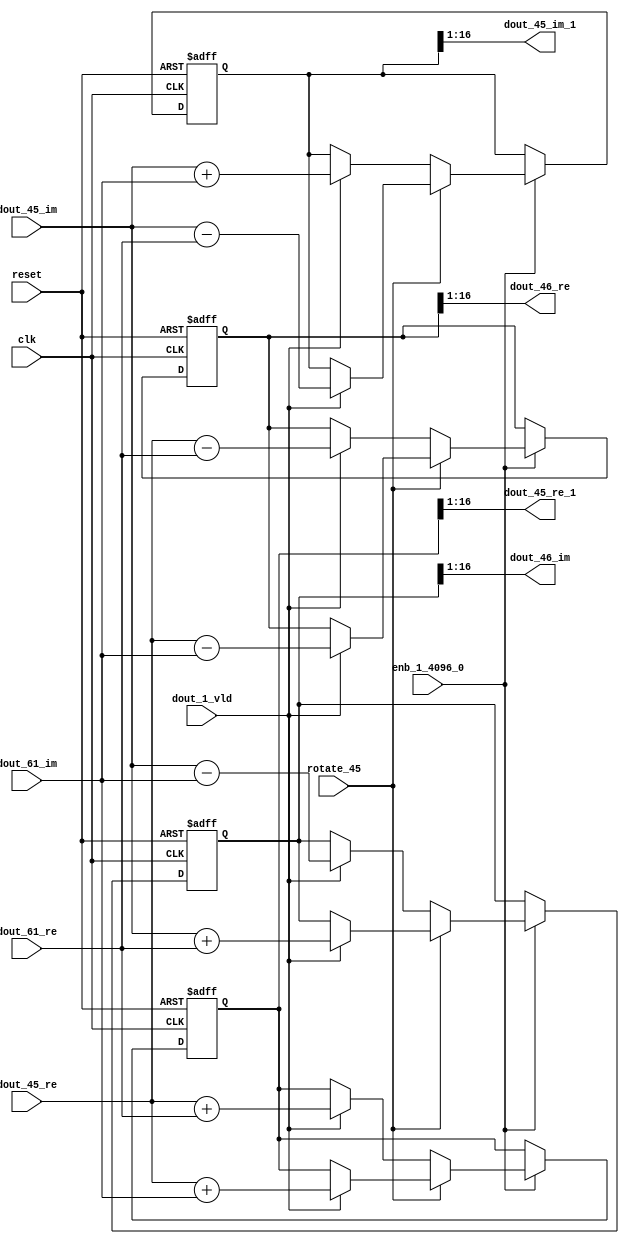
// -------------------------------------------------------------
// 
// 
// Generated by MATLAB 9.14 and HDL Coder 4.1
// 
// -------------------------------------------------------------


// -------------------------------------------------------------
// 
// Module: RADIX22FFT_SDNF2_4_block21
// Source Path: dsphdl.IFFT/RADIX22FFT_SDNF2_4
// Hierarchy Level: 4
// 
// -------------------------------------------------------------

`timescale 1 ns / 1 ns

module RADIX22FFT_SDNF2_4_block21
          (clk,
           reset,
           enb_1_4096_0,
           rotate_45,
           dout_45_re,
           dout_45_im,
           dout_61_re,
           dout_61_im,
           dout_1_vld,
           dout_45_re_1,
           dout_45_im_1,
           dout_46_re,
           dout_46_im);


  input   clk;
  input   reset;
  input   enb_1_4096_0;
  input   rotate_45;  // ufix1
  input   signed [15:0] dout_45_re;  // sfix16_En14
  input   signed [15:0] dout_45_im;  // sfix16_En14
  input   signed [15:0] dout_61_re;  // sfix16_En14
  input   signed [15:0] dout_61_im;  // sfix16_En14
  input   dout_1_vld;
  output  signed [15:0] dout_45_re_1;  // sfix16_En14
  output  signed [15:0] dout_45_im_1;  // sfix16_En14
  output  signed [15:0] dout_46_re;  // sfix16_En14
  output  signed [15:0] dout_46_im;  // sfix16_En14


  reg  Radix22ButterflyG2_NF_din_vld_dly;
  reg signed [16:0] Radix22ButterflyG2_NF_btf1_re_reg;  // sfix17
  reg signed [16:0] Radix22ButterflyG2_NF_btf1_im_reg;  // sfix17
  reg signed [16:0] Radix22ButterflyG2_NF_btf2_re_reg;  // sfix17
  reg signed [16:0] Radix22ButterflyG2_NF_btf2_im_reg;  // sfix17
  reg  Radix22ButterflyG2_NF_din_vld_dly_next;
  reg signed [16:0] Radix22ButterflyG2_NF_btf1_re_reg_next;  // sfix17_En14
  reg signed [16:0] Radix22ButterflyG2_NF_btf1_im_reg_next;  // sfix17_En14
  reg signed [16:0] Radix22ButterflyG2_NF_btf2_re_reg_next;  // sfix17_En14
  reg signed [16:0] Radix22ButterflyG2_NF_btf2_im_reg_next;  // sfix17_En14
  reg signed [15:0] dout_45_re_2;  // sfix16_En14
  reg signed [15:0] dout_45_im_2;  // sfix16_En14
  reg signed [15:0] dout_46_re_1;  // sfix16_En14
  reg signed [15:0] dout_46_im_1;  // sfix16_En14
  reg  dout_4_vld;
  reg signed [16:0] Radix22ButterflyG2_NF_add_cast;  // sfix17_En14
  reg signed [16:0] Radix22ButterflyG2_NF_add_cast_0;  // sfix17_En14
  reg signed [16:0] Radix22ButterflyG2_NF_add_cast_1;  // sfix17_En14
  reg signed [16:0] Radix22ButterflyG2_NF_add_cast_2;  // sfix17_En14
  reg signed [16:0] Radix22ButterflyG2_NF_sub_cast;  // sfix17_En14
  reg signed [16:0] Radix22ButterflyG2_NF_sub_cast_0;  // sfix17_En14
  reg signed [16:0] Radix22ButterflyG2_NF_sub_cast_1;  // sfix17_En14
  reg signed [16:0] Radix22ButterflyG2_NF_sub_cast_2;  // sfix17_En14
  reg signed [16:0] Radix22ButterflyG2_NF_sra_temp;  // sfix17_En14
  reg signed [16:0] Radix22ButterflyG2_NF_add_cast_3;  // sfix17_En14
  reg signed [16:0] Radix22ButterflyG2_NF_add_cast_4;  // sfix17_En14
  reg signed [16:0] Radix22ButterflyG2_NF_add_cast_5;  // sfix17_En14
  reg signed [16:0] Radix22ButterflyG2_NF_add_cast_6;  // sfix17_En14
  reg signed [16:0] Radix22ButterflyG2_NF_sra_temp_0;  // sfix17_En14
  reg signed [16:0] Radix22ButterflyG2_NF_sub_cast_3;  // sfix17_En14
  reg signed [16:0] Radix22ButterflyG2_NF_sub_cast_4;  // sfix17_En14
  reg signed [16:0] Radix22ButterflyG2_NF_sub_cast_5;  // sfix17_En14
  reg signed [16:0] Radix22ButterflyG2_NF_sub_cast_6;  // sfix17_En14
  reg signed [16:0] Radix22ButterflyG2_NF_sra_temp_1;  // sfix17_En14
  reg signed [16:0] Radix22ButterflyG2_NF_sra_temp_2;  // sfix17_En14


  // Radix22ButterflyG2_NF
  always @(posedge clk or posedge reset)
    begin : Radix22ButterflyG2_NF_process
      if (reset == 1'b1) begin
        Radix22ButterflyG2_NF_din_vld_dly <= 1'b0;
        Radix22ButterflyG2_NF_btf1_re_reg <= 17'sb00000000000000000;
        Radix22ButterflyG2_NF_btf1_im_reg <= 17'sb00000000000000000;
        Radix22ButterflyG2_NF_btf2_re_reg <= 17'sb00000000000000000;
        Radix22ButterflyG2_NF_btf2_im_reg <= 17'sb00000000000000000;
      end
      else begin
        if (enb_1_4096_0) begin
          Radix22ButterflyG2_NF_din_vld_dly <= Radix22ButterflyG2_NF_din_vld_dly_next;
          Radix22ButterflyG2_NF_btf1_re_reg <= Radix22ButterflyG2_NF_btf1_re_reg_next;
          Radix22ButterflyG2_NF_btf1_im_reg <= Radix22ButterflyG2_NF_btf1_im_reg_next;
          Radix22ButterflyG2_NF_btf2_re_reg <= Radix22ButterflyG2_NF_btf2_re_reg_next;
          Radix22ButterflyG2_NF_btf2_im_reg <= Radix22ButterflyG2_NF_btf2_im_reg_next;
        end
      end
    end

  always @(Radix22ButterflyG2_NF_btf1_im_reg, Radix22ButterflyG2_NF_btf1_re_reg,
       Radix22ButterflyG2_NF_btf2_im_reg, Radix22ButterflyG2_NF_btf2_re_reg,
       Radix22ButterflyG2_NF_din_vld_dly, dout_1_vld, dout_45_im, dout_45_re,
       dout_61_im, dout_61_re, rotate_45) begin
    Radix22ButterflyG2_NF_add_cast_1 = 17'sb00000000000000000;
    Radix22ButterflyG2_NF_add_cast_2 = 17'sb00000000000000000;
    Radix22ButterflyG2_NF_sub_cast_1 = 17'sb00000000000000000;
    Radix22ButterflyG2_NF_sub_cast_2 = 17'sb00000000000000000;
    Radix22ButterflyG2_NF_add_cast_5 = 17'sb00000000000000000;
    Radix22ButterflyG2_NF_add_cast_6 = 17'sb00000000000000000;
    Radix22ButterflyG2_NF_sub_cast_5 = 17'sb00000000000000000;
    Radix22ButterflyG2_NF_sub_cast_6 = 17'sb00000000000000000;
    Radix22ButterflyG2_NF_add_cast = 17'sb00000000000000000;
    Radix22ButterflyG2_NF_add_cast_0 = 17'sb00000000000000000;
    Radix22ButterflyG2_NF_sub_cast = 17'sb00000000000000000;
    Radix22ButterflyG2_NF_sub_cast_0 = 17'sb00000000000000000;
    Radix22ButterflyG2_NF_add_cast_3 = 17'sb00000000000000000;
    Radix22ButterflyG2_NF_add_cast_4 = 17'sb00000000000000000;
    Radix22ButterflyG2_NF_sub_cast_3 = 17'sb00000000000000000;
    Radix22ButterflyG2_NF_sub_cast_4 = 17'sb00000000000000000;
    Radix22ButterflyG2_NF_btf1_re_reg_next = Radix22ButterflyG2_NF_btf1_re_reg;
    Radix22ButterflyG2_NF_btf1_im_reg_next = Radix22ButterflyG2_NF_btf1_im_reg;
    Radix22ButterflyG2_NF_btf2_re_reg_next = Radix22ButterflyG2_NF_btf2_re_reg;
    Radix22ButterflyG2_NF_btf2_im_reg_next = Radix22ButterflyG2_NF_btf2_im_reg;
    Radix22ButterflyG2_NF_din_vld_dly_next = dout_1_vld;
    if (rotate_45 != 1'b0) begin
      if (dout_1_vld) begin
        Radix22ButterflyG2_NF_add_cast_1 = {dout_45_re[15], dout_45_re};
        Radix22ButterflyG2_NF_add_cast_2 = {dout_61_im[15], dout_61_im};
        Radix22ButterflyG2_NF_btf1_re_reg_next = Radix22ButterflyG2_NF_add_cast_1 + Radix22ButterflyG2_NF_add_cast_2;
        Radix22ButterflyG2_NF_sub_cast_1 = {dout_45_re[15], dout_45_re};
        Radix22ButterflyG2_NF_sub_cast_2 = {dout_61_im[15], dout_61_im};
        Radix22ButterflyG2_NF_btf2_re_reg_next = Radix22ButterflyG2_NF_sub_cast_1 - Radix22ButterflyG2_NF_sub_cast_2;
        Radix22ButterflyG2_NF_add_cast_5 = {dout_45_im[15], dout_45_im};
        Radix22ButterflyG2_NF_add_cast_6 = {dout_61_re[15], dout_61_re};
        Radix22ButterflyG2_NF_btf2_im_reg_next = Radix22ButterflyG2_NF_add_cast_5 + Radix22ButterflyG2_NF_add_cast_6;
        Radix22ButterflyG2_NF_sub_cast_5 = {dout_45_im[15], dout_45_im};
        Radix22ButterflyG2_NF_sub_cast_6 = {dout_61_re[15], dout_61_re};
        Radix22ButterflyG2_NF_btf1_im_reg_next = Radix22ButterflyG2_NF_sub_cast_5 - Radix22ButterflyG2_NF_sub_cast_6;
      end
    end
    else if (dout_1_vld) begin
      Radix22ButterflyG2_NF_add_cast = {dout_45_re[15], dout_45_re};
      Radix22ButterflyG2_NF_add_cast_0 = {dout_61_re[15], dout_61_re};
      Radix22ButterflyG2_NF_btf1_re_reg_next = Radix22ButterflyG2_NF_add_cast + Radix22ButterflyG2_NF_add_cast_0;
      Radix22ButterflyG2_NF_sub_cast = {dout_45_re[15], dout_45_re};
      Radix22ButterflyG2_NF_sub_cast_0 = {dout_61_re[15], dout_61_re};
      Radix22ButterflyG2_NF_btf2_re_reg_next = Radix22ButterflyG2_NF_sub_cast - Radix22ButterflyG2_NF_sub_cast_0;
      Radix22ButterflyG2_NF_add_cast_3 = {dout_45_im[15], dout_45_im};
      Radix22ButterflyG2_NF_add_cast_4 = {dout_61_im[15], dout_61_im};
      Radix22ButterflyG2_NF_btf1_im_reg_next = Radix22ButterflyG2_NF_add_cast_3 + Radix22ButterflyG2_NF_add_cast_4;
      Radix22ButterflyG2_NF_sub_cast_3 = {dout_45_im[15], dout_45_im};
      Radix22ButterflyG2_NF_sub_cast_4 = {dout_61_im[15], dout_61_im};
      Radix22ButterflyG2_NF_btf2_im_reg_next = Radix22ButterflyG2_NF_sub_cast_3 - Radix22ButterflyG2_NF_sub_cast_4;
    end
    Radix22ButterflyG2_NF_sra_temp = Radix22ButterflyG2_NF_btf1_re_reg >>> 8'd1;
    dout_45_re_2 = Radix22ButterflyG2_NF_sra_temp[15:0];
    Radix22ButterflyG2_NF_sra_temp_0 = Radix22ButterflyG2_NF_btf1_im_reg >>> 8'd1;
    dout_45_im_2 = Radix22ButterflyG2_NF_sra_temp_0[15:0];
    Radix22ButterflyG2_NF_sra_temp_1 = Radix22ButterflyG2_NF_btf2_re_reg >>> 8'd1;
    dout_46_re_1 = Radix22ButterflyG2_NF_sra_temp_1[15:0];
    Radix22ButterflyG2_NF_sra_temp_2 = Radix22ButterflyG2_NF_btf2_im_reg >>> 8'd1;
    dout_46_im_1 = Radix22ButterflyG2_NF_sra_temp_2[15:0];
    dout_4_vld = Radix22ButterflyG2_NF_din_vld_dly;
  end



  assign dout_45_re_1 = dout_45_re_2;

  assign dout_45_im_1 = dout_45_im_2;

  assign dout_46_re = dout_46_re_1;

  assign dout_46_im = dout_46_im_1;

endmodule  // RADIX22FFT_SDNF2_4_block21